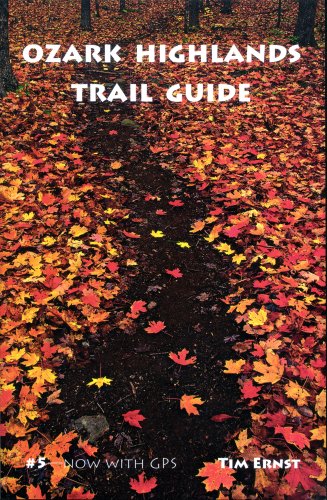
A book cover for Ozark Highlands Trail Guide; Tim Ernst; Science & Math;